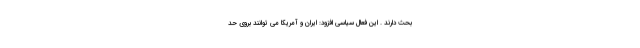
بحث دارند . این فعال سیاسی افزود: ایران و آمریکا می توانند بروی حد